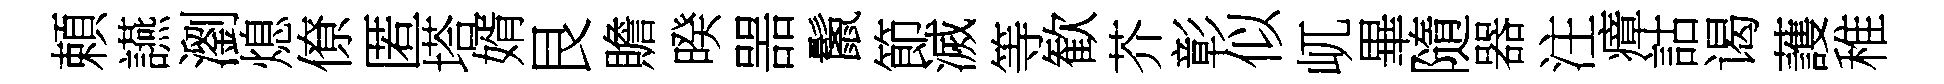
頼讌瀏熄僚匿塔婿艮贍暌噐鬛節滅等歓芥彰似屼畢隨器注瘴詁谒䕶稚